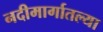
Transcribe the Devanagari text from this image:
नदीमार्गातल्या